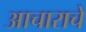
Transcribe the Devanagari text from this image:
आचाराचे